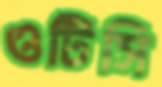
ওটিসি